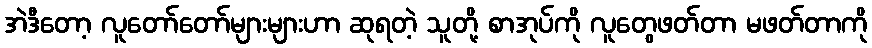
အဲဒီတော့ လူတော်တော်များများဟာ ဆုရတဲ့ သူတို့ စာအုပ်ကို လူတွေဖတ်တာ မဖတ်တာကို